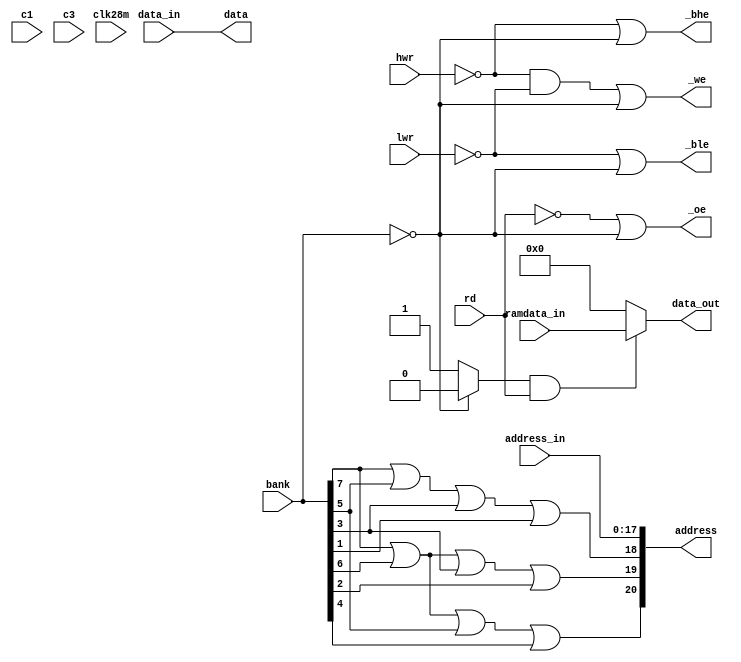
module sram_bridge
(
	input	clk28m,						
	input	c1,							
	input	c3,							
	input	[7:0] bank,					
	input	[18:1] address_in,			
	input	[15:0] data_in,				
	output	[15:0] data_out,			
	input	rd,			   				
	input	hwr,						
	input	lwr,						
	output	_bhe,				
	output	_ble,   				
	output	_we,				
	output	_oe,				
	output	[21:1] address,			
	output	[15:0] data,	  			
	input	[15:0] ramdata_in	  		
);	 
wire	enable;				
reg		doe;				
assign enable = (bank[7:0]==8'b00000000) ? 1'b0 : 1'b1;
assign _we = (!hwr && !lwr) | !enable;
assign _oe = !rd | !enable; 
assign _bhe = !hwr | !enable;
assign _ble = !lwr | !enable;
always @(posedge clk28m)
	if (!c1 && !c3)  
		doe <= 1'b0;
	else if (c1 && !c3 && enable && !rd) 
		doe <= 1'b1;	
assign		address = {bank[7]|bank[6]|bank[5]|bank[4],bank[7]|bank[6]|bank[3]|bank[2],bank[7]|bank[5]|bank[3]|bank[1],address_in[18:1]};
assign data_out[15:0] = (enable && rd) ? ramdata_in[15:0] : 16'b0000000000000000;
assign data[15:0] = data_in[15:0];
endmodule